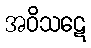
အဝိသဋေ